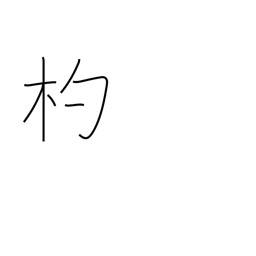
Meaning: ladle